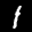
Label: 1